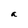
Character: a